Civil Veterinary Department Bihar & Orissa reports 1929-36 - 1929-1936
Year: 1929
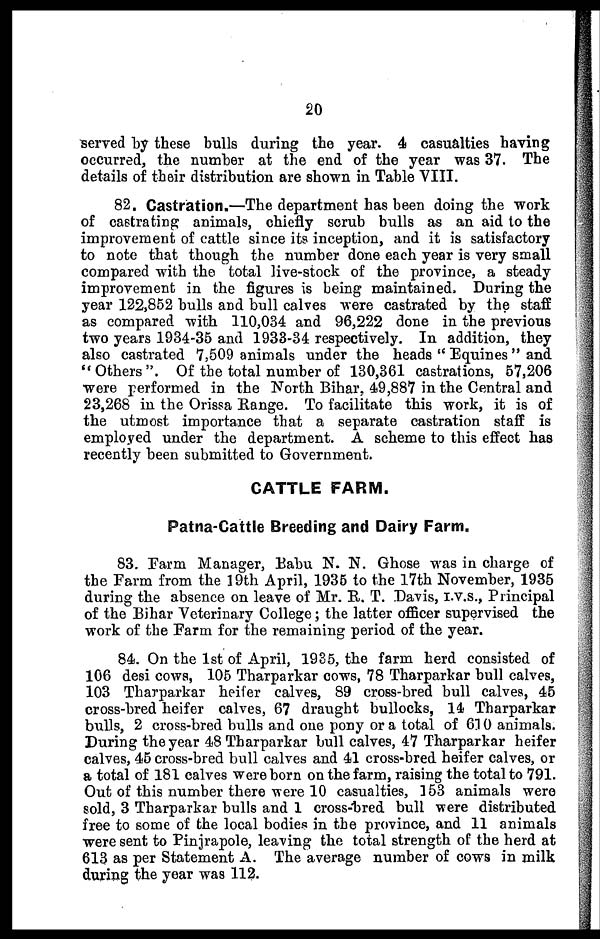
20
served by these bulls during the year. 4 casualties having
occurred, the number at the end of the year was 37. The
details of their distribution are shown in Table VIII.
82. Castration.—The department has been doing the work
of castrating animals, chiefly scrub bulls as an aid to the
improvement of cattle since its inception, and it is satisfactory
to note that though the number done each year is very small
compared with the total live-stock of the province, a steady
improvement in the figures is being maintained. During the
year 122,852 bulls and bull calves were castrated by the staff
as compared with 110,034 and 96,222 done in the previous
two years 1934-35 and 1933-34 respectively. In addition, they
also castrated 7,509 animals under the heads " Equines" and
"Others". Of the total number of 130,361 castrations, 57,206
were performed in the North Bihar, 49,887 in the Central and
23,268 in the Orissa Range. To facilitate this work, it is of
the utmost importance that a separate castration staff is
employed under the department. A scheme to this effect has
recently been submitted to Government.
CATTLE FARM.
Patna-Cattle Breeding and Dairy Farm.
83. Farm Manager, Babu N. N. Ghose was in charge of
the Farm from the 19th April, 1935 to the 17th November, 1935
during the absence on leave of Mr. E. T. Davis, I.V.S., Principal
of the Bihar Veterinary College; the latter officer supervised the
work of the Farm for the remaining period of the year.
84. On the 1st of April, 1935, the farm herd consisted of
106 desi cows, 105 Tharparkar cows, 78 Tharparkar bull calves,
103 Tharparkar heifer calves, 89 cross-bred bull calves, 45
cross-bred heifer calves, 67 draught bullocks, 14 Tharparkar
bulls, 2 cross-bred bulls and one pony or a total of 610 animals.
During the year 48 Tharparkar bull calves, 47 Tharparkar heifer
calves, 45 cross-bred bull calves and 41 cross-bred heifer calves, or
a total of 181 calves were born on the farm, raising the total to 791.
Out of this number there were 10 casualties, 153 animals were
sold, 3 Tharparkar bulls and 1 cross-bred bull were distributed
free to some of the local bodies in the province, and 11 animals
were sent to Pinjrapole, leaving the total strength of the herd at
613 as per Statement A. The average number of cows in milk
during the year was 112.